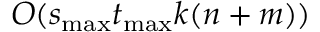
O ( s _ { \mathrm { m a x } } t _ { \mathrm { m a x } } k ( n + m ) )